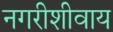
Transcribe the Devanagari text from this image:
नगरीशीवाय